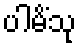
ပါမိံသု